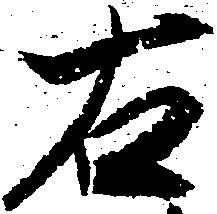
右